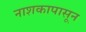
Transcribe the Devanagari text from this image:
नाशकापासून